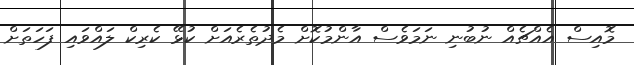
މޮއިސް އެއްޗެއް ނުބުނި ނަމަވެސް އާންމުކޮށް މެދުތެރެއަށް ކުޅޭ ކެރިކް ލައްވައި ފަހަތަށް